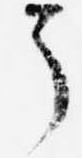
了